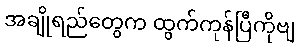
အချိုရည်တွေက ထွက်ကုန်ပြီကိုဗျ